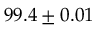
9 9 . 4 \pm 0 . 0 1